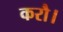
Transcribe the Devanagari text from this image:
करौ।